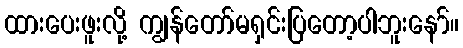
ထားပေးဖူးလို့ ကျွန်တော်မရှင်းပြတော့ပါဘူးနော်။